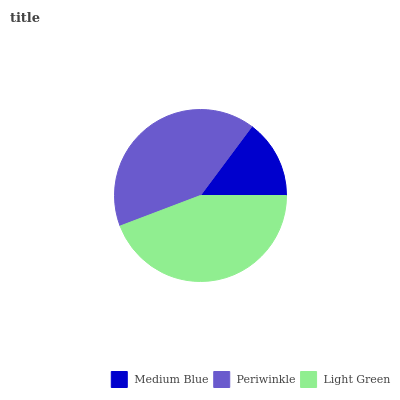
| Medium Blue | Periwinkle | Light Green |
 | --- | --- | --- |
 | 14.8% | 40.9% | 44.3% |